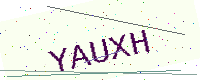
Text: YAUXH